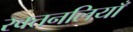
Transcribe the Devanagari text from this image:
रक्तनलियाँ